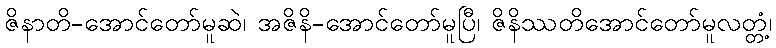
ဇိနာတိ-အောင်တော်မူဆဲ၊ အဇိနိ-အောင်တော်မူပြီ၊ ဇိနိဿတိအောင်တော်မူလတ္တံ့၊